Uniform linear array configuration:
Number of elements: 4
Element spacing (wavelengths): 0.5
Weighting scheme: cosine
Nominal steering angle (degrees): -15
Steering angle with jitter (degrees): -16.465
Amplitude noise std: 0.05
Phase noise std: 0.05

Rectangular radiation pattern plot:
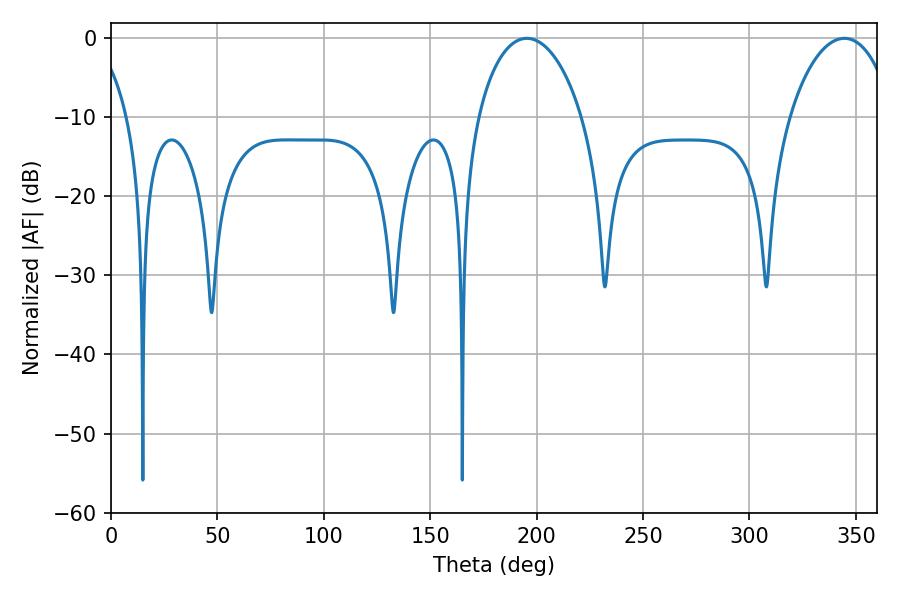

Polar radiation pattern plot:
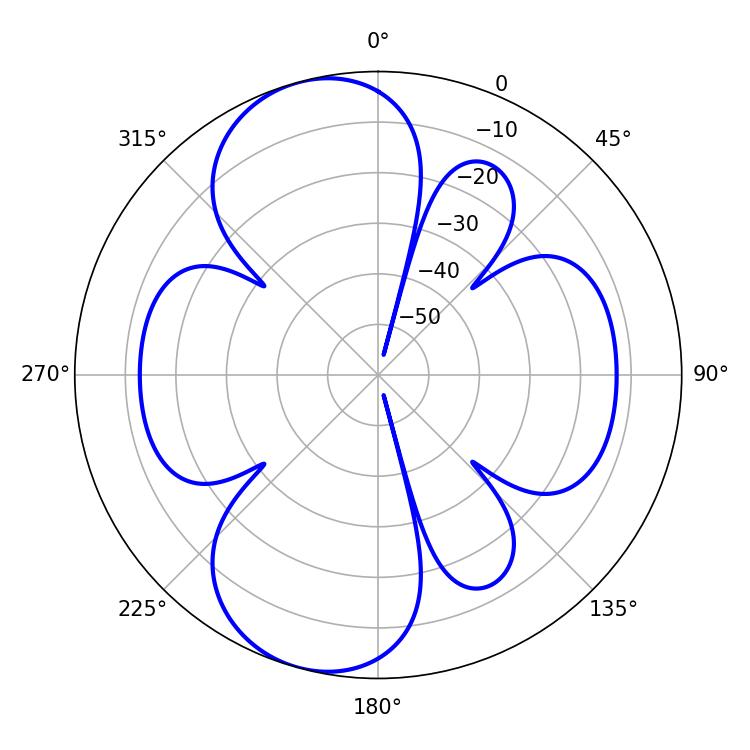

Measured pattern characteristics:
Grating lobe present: FALSE
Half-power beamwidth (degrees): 28.08
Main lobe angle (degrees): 195.48